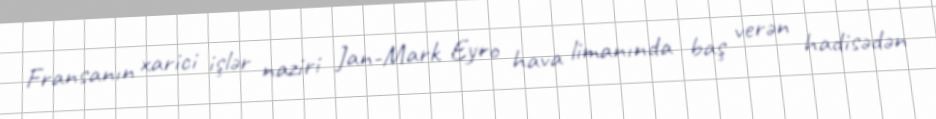
Fransanın xarici işlər naziri Jan-Mark Eyro hava limanında baş verən hadisədən